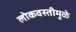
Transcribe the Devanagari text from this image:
लोकवस्तीमुळे